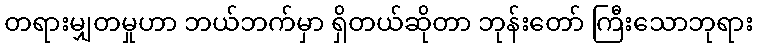
တရားမျှတမှုဟာ ဘယ်ဘက်မှာ ရှိတယ်ဆိုတာ ဘုန်းတော် ကြီးသောဘုရား